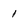
Character: 1